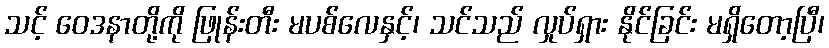
သင့် ဝေဒနာတို့ကို ဖြုန်းတီး မပစ်လေနှင့်၊ သင်သည် လှုပ်ရှား နိုင်ခြင်း မရှိတော့ပြီ၊